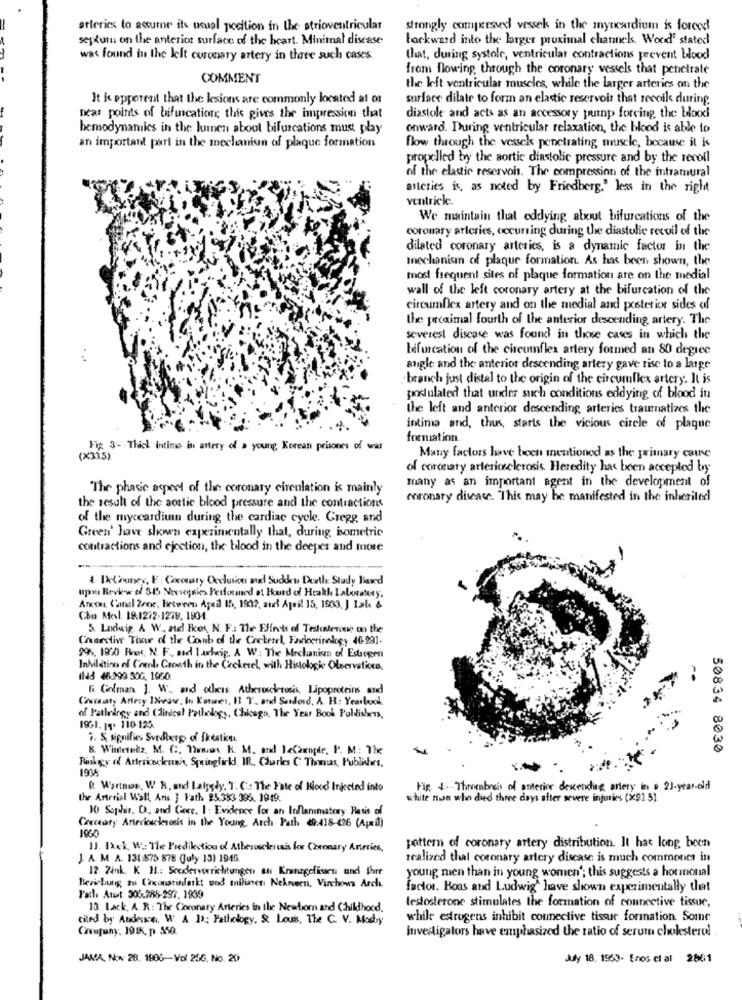
-
atlerics to assume its usual position in the atrioventricular
strongly compressed vessek in the myocardium is forced
septum on the anterior surface of the heart. Minimal disease
lockwerd into the larger proximal channels. Wood' stated
was found in the left coronary artery in thore such cases
that, during systole, ventricular contractions prevent blood
from flowing through the coronary vessels that penetrate
COMMENT
the left ventricular muscles, while the larger arteries on the
It is epporent that the lesions are commonly located at or
surface dilate to form an elastic reservoir that reveals during.
near points of bifurcations this gives the impression that
diastole and acts as an accessory pump forcing the blood
hemodynamics in the lumen about bifurcations must play
onward. During ventricular relaxation, the blood is able to
an important part in the mechanismn of plaque formation
flow through the vessels penetrating muscle, because it is
propelled by the aortic diastolic pressure and by the recoil
of the elastic reservoir. The compression of the intramural
mitcries is, as noted by Friedberg." less in the right
ventricle.
We maintain that eddying about bifurcations of the
coronary arteries, occurring during the diastolic recoil of the
dilated coronary arteries, is a dynamic factor in the
mechanism of plaque formation. As has been shown, the
most frequent sites of plaque formation are on the medial
wall of the left coronary artery at the bifurcation of the
circumflex artery and on the medial and posterior sides of
the preaimal fourth of the anterior descending artery. The
severest discase was found in those cases in which the
bifurcation of the circumflex artery formed an 80 degree
angle and the anterior descending artery gave rise to a large
- branch just distal to the origin of the circumflex artery. It is
postulated that under such conditions eddying of blood in
the left and anterior descending arteries traumatizes the
intima and, thus, starts the vicious circle of plaque
formation.
Fig 3- Thiel intims in artery of a young Korean prisones of war
(X315).
Many factors have been mentioned as the primary cause
of coronary arteriosclerosis. Heredity has been accepted by
many as an important agent in the development of
"The phasic aspect of the coronary circulation is mainly
coronary disease. "This may be manifested in the inherited
the result of the aortic blood pressure and the contractions
of the myccardiun during the cardiac cycle. Gregg, and
Green' have shown experimentally that, during isometric
contractions and ejection, the blood in the deeper and more
4 ExChancy, F: Coronary Occlusion and Sudden Death: Study land
upona Review of 345 Nersessies Performed at Heard of Heakl Laboratory.
Ancon, Canal Zone, Between Aguil 15, 1932, and April 15, 1583. ) Lale &
Chia Mevl. 18.1272-1278, 1804
5. Ludwig A W. nad Eket, N. F .: The Flints of Teachers; on the
Courstive Tour of the Comb of the Cockenel, Fandorinalogy 46-291.
996, 1920 Proc. N. F. and Lacking. A W: The Mechanism of Esungen
InMildtion of Coenb Growth in the Czckerel, with Histologie Observaties.
Ildd 48-199 30G, 1950.
& Gofman J. W ., and otlicas Atherosclerosis, Lipoproteins and
Cosceaty Artery INcase, In Konser, 13 T. and Sandand, A. H: Yearbook
of Patledegy and Clinical Pethelogy, Chicago. The Year Book Publishers,
1961. 15. 110-125.
7. S. signifies Svedterp of Ikestit.
8. Wintereltz, M. C ., Thomas R. M. and DeChungde, P. M .: The
50834 8030
Pinkgy of Arterinclus's, Springfield. IF. Charles C. Thomas, Publishes.
1938
& Wartnin, W R. and Latygdy. T. C .: The Fate of Hood Injected into
Fin 4 -- Thenbreis of anterior descenctions artery in a 21-year-old
the Arterial Wall, Am } Path 23.353 395. 1949.
white nn who died three days after severe injuries (X91 5).
10 Saphir. D ., and Core. 1: Evidence for an Inflammatory Basis of
Creceary Arteriosclerosis in the Young Arch Path 89:418-426 (April)
IJ. 1xck, W. The Predilection of Atherosclerussis for Coronary Arteries,
pattern of coronary artery distribution. It has long bech
J. A. M A. 131:878 878 July 13) 1945.
realized that coronary artery disease is much commoner in
12. Zink. K. H .: Seodervorrichtungen an Kranzgelissen und ther
young men than in young women'; this suggests a hormonal
Beziehung zu Chconstinfarkt und milinnen Neknueen, Virchows Arch.
factor. Boas and Ludwig" have shown experimentally that
Path Atut 306-288-297. 1939
13. Lack. A. R : The Coronary Arteries in the Newborn and Childhood.
testosterone stimulates the formation of connective tissue,
cited by Anderson, W. A D): Pathology, & Lous, The C. V. Mosby
while estrogens inhibit connective tissue formation. Some
Company, 191k. p. 350.
investigators have emphasized the ratio of serum cholesterol
JAMA, NON: 28. 1906-Vol 250. No. 20
Judy 18. 1953. Enos ci al 2861